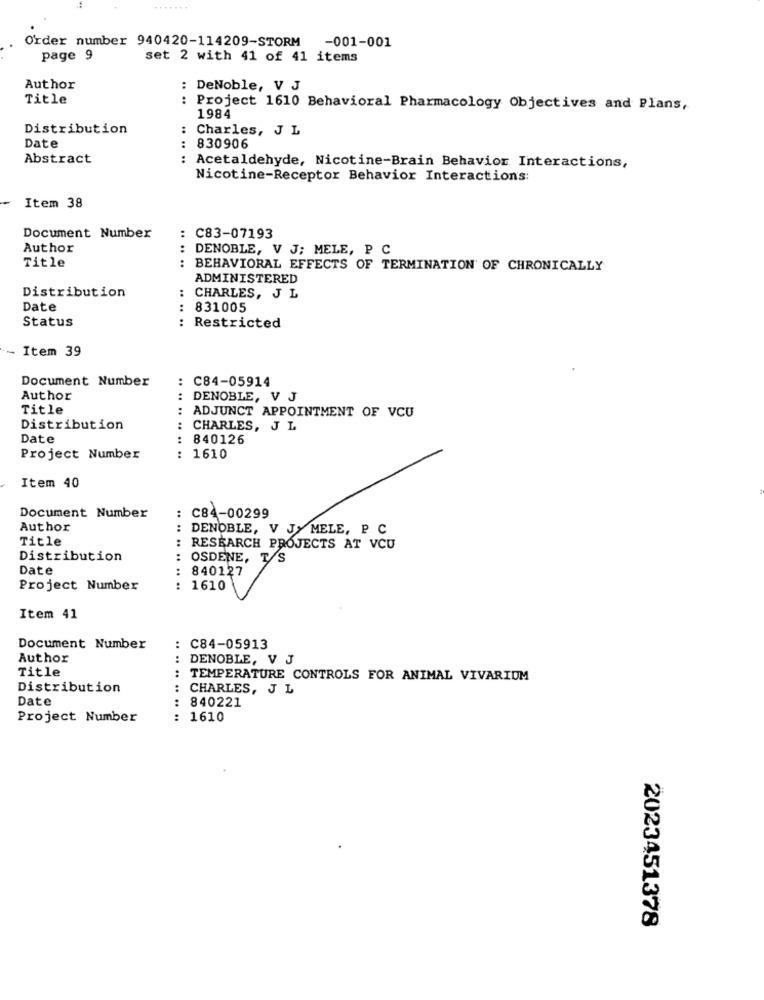
Order number 940420-114209-STORM -001-001
page 9
set 2 with 41 of 41 items
Author
: DeNoble, V J
Title
: Project 1610 Behavioral Pharmacology Objectives and Plans,
1984
Distribution
: Charles, J L
Date
: 830906
Abstract
: Acetaldehyde, Nicotine-Brain Behavior Interactions,
Nicotine-Receptor Behavior Interactions:
Item 38
Document Number
: C83-07193
Author
: DENOBLE, V J; MELE, P C
Title
: BEHAVIORAL EFFECTS OF TERMINATION OF CHRONICALLY
ADMINISTERED
Distribution
: CHARLES, J L
Date
: 831005
Status
: Restricted
~ Item 39
Document Number
: C84-05914
Author
DENOBLE, V J
Title
.. ..
ADJUNCT APPOINTMENT OF VCU
Distribution
:
CHARLES, J L
Date
840126
Project Number
:
1610
Item 40
Document Number
: C84-00299
Author
:
DENOBLE, V JY MELE, P C
Title
:
RESEARCH PROJECTS AT VCU
Distribution
:
OSDENE, TS
Date
840127
Project Number
.. ..
1610
Item 41
Document Number
:
C84-05913
Author
:
DENOBLE, V J
Title
: TEMPERATURE CONTROLS FOR ANIMAL VIVARIUM
Distribution
:
CHARLES, J L
Date
:
840221
Project Number
: 1610
2023451378